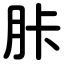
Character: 胩